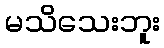
မသိသေးဘူး